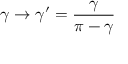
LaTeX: \gamma \to \gamma ^ { \prime } = \frac { \gamma } { \pi - \gamma }